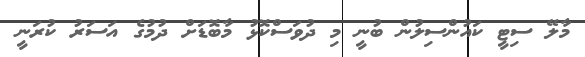
މާލޭ ސިޓީ ކައުންސިލުން ބުނީ މި ދުވަސްކޮޅު މާބޮޑަށް ދުމުގެ އަސަރު ކުރަނީ